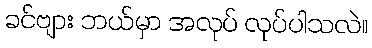
ခင်ဗျား ဘယ်မှာ အလုပ် လုပ်ပါသလဲ။